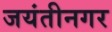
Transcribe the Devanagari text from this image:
जयंतीनगर